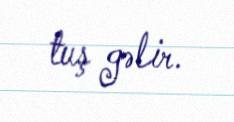
tuş gəlir.